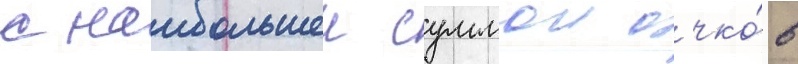
с наибольшеи суммои очко́в